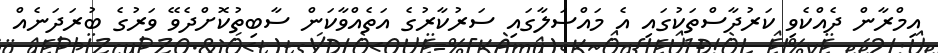
އިމްރާން ދެއްކެވި ކަރުދާސްތަކުގައި އެ މައްސަލާގައި ސަރުކާރުގެ އަތެއްވާކަން ސާބިތުކޮށްދެވޭ ވަރުގެ ބުރަދަނެއް